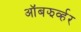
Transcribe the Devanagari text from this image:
ऑबझर्व्हर